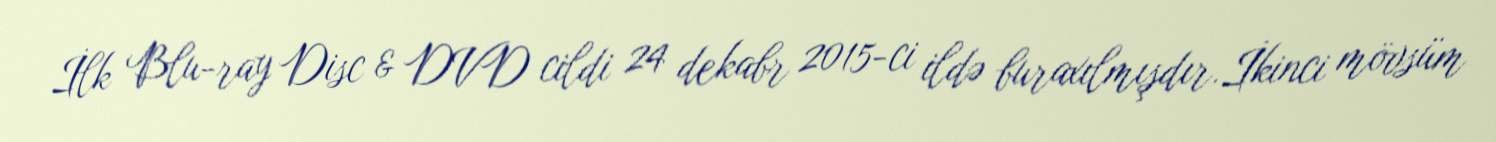
İlk Blu-ray Disc & DVD cildi 24 dekabr 2015-ci ildə buraxılmışdır.İkinci mövsüm